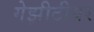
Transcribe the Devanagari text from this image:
गेझीटीयर